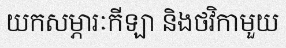
យកសម្ភារៈកីឡា និងថវិកាមួយ